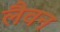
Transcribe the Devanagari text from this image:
लैवन